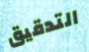
التدقيق